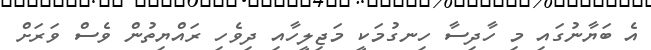
އެ ބަޔާނުގައި މި ހާދިސާ ހިނގުމަކީ މަޖިލީހާއި ދިވެހި ރައްޔިތުން ވެސް ވަރަށް